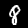
Label: 8